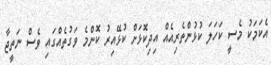
އެކަމަކު މެސީ ކަހަލަ ކުޅުންތެރިއެއް އިދިކޮޅަށް ކުޅޭއިރު ކޮންމެ ވަގުތެއްގައި ވެސް ނަތީޖާ